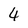
Character: 4